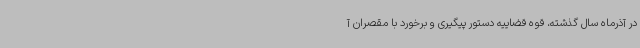
در آذرماه سال گذشته، قوه قضاییه دستور پیگیری و برخورد با مقصران آ